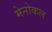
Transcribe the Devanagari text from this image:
मेनोकल